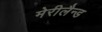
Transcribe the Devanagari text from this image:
मेरीलैन्ड